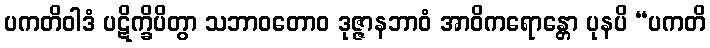
ပကတိဝါဒံ ပဋိက္ခိပိတွာ သဘာဝတောဝ ဒုဇ္ဇာနဘာဝံ အာဝိကရောန္တော ပုနပိ “ပကတိ